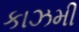
કાઝમી